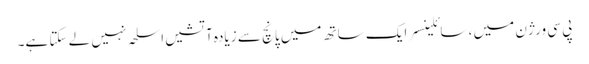
پی سی ورژن میں ، سائلینسر ایک ساتھ میں پانچ سے زیادہ آتشیں اسلحہ نہیں لے سکتا ہے۔